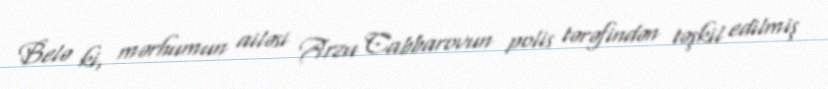
Belə ki, mərhumun ailəsi Arzu Cabbarovun polis tərəfindən təşkil edilmiş